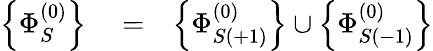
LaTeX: \begin{array}{rlr}{\left\{ \Phi_{S}^{(0)}\right\} }&{{}=}&{\left\{ \Phi_{S(+1)}^{(0)}\right\} \cup\left\{ \Phi_{S(-1)}^{(0)}\right\} }\end{array}